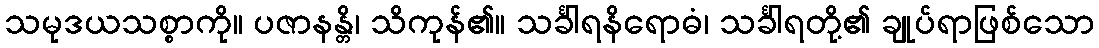
သမုဒယသစ္စာကို။ ပဇာနန္တိ၊ သိကုန်၏။ သင်္ခါရနိရောဓံ၊ သင်္ခါရတို့၏ ချုပ်ရာဖြစ်သော